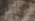
أهذا